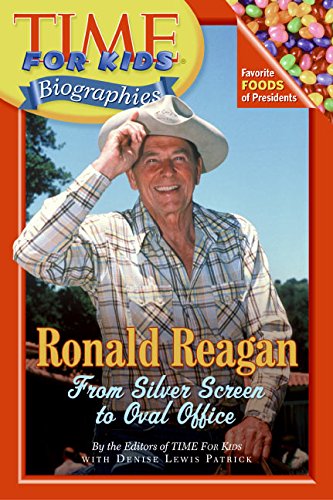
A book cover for Time For Kids: Ronald Reagan: From Silver Screen to Oval Office (Time for Kids Biographies); Editors of TIME For Kids; Children's Books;